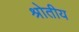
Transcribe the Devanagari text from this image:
श्रोतीय